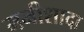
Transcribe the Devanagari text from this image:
मनीशादा